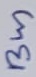
Text: Bus